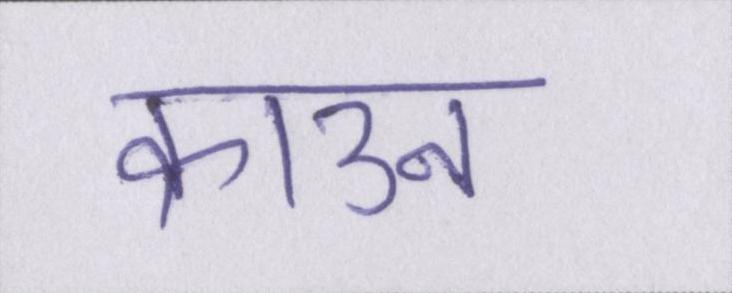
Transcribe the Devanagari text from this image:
क्राउन